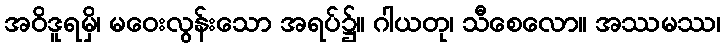
အဝိဒူရမှိ၊ မဝေးလွန်းသော အရပ်၌။ ဂါယတု၊ သီစေလော။ အဿမဿ၊